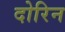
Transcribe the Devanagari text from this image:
दोरिन